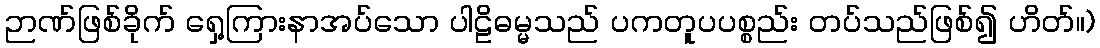
ဉာဏ်ဖြစ်ခိုက် ရှေ့ကြားနာအပ်သော ပါဠိဓမ္မသည် ပကတူပပစ္စည်း တပ်သည်ဖြစ်၍ ဟိတ်။)